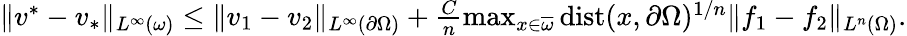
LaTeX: \begin{array}{r}{\| v^{*}-v_{*}\| _{L^{\infty}(\omega)}\leq\| v_{1}-v_{2}\| _{L^{\infty}(\partial\Omega)}+\frac{C}{n}\operatorname*{max}_{x\in\overline{{\omega}}}\mathrm{dist}(x,\partial\Omega)^{1/n}\| f_{1}-f_{2}\| _{L^{n}(\Omega)}.}\end{array}